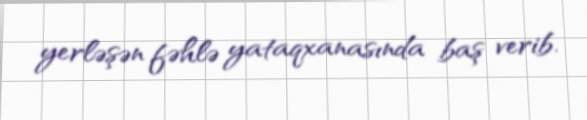
yerləşən fəhlə yataqxanasında baş verib.